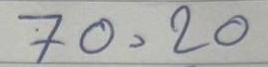
70 = 20